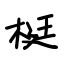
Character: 梃